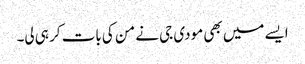
ایسے میں بھی مودی جی نے من کی بات کر ہی لی۔